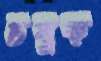
চষুক